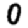
Digit: 0